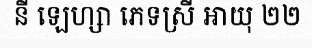
នី ឡេហ្សា ភេទស្រី អាយុ ២២